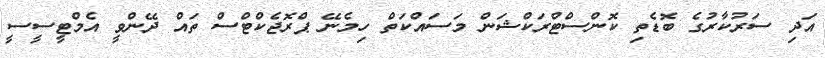
އަދި ސަރުކާރުގެ ބޮޑެތި ކޮންސްޓްރަކްޝަން މަސައްކަތް ހިމެނޭ ޕްރޮޖެކްޓްސް ތައް ދޭންވީ އެމްޓީސީސީ